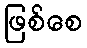
ဖြစ်စေ